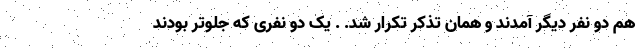
هم دو نفر دیگر آمدند و همان تذکر تکرار شد. . یک دو نفری که جلوتر بودند